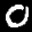
Label: 0